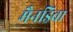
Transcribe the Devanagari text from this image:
मैनड्रिवा